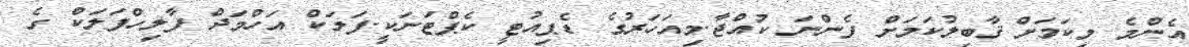
އެންމެ މިކަމަށް ޤާބިލުކަމަށް ފެންނަ ކުއްޖާ.މިއަހަރުގެ ޑެޕިއުޓީ ކެޕްޓަނަކީ.ފަލަކް އަހްމަދް ފާލިހްފަލަކް ގެ